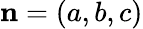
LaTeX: \mathbf{n}=(a,b,c)